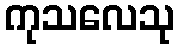
ကုသလေသု